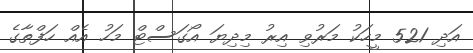
އަދި 521 މީހަކު މަރުވި އިރު މިދިޔަ އޯގަސްޓް މަހު އެއް ހަފްތާގެ